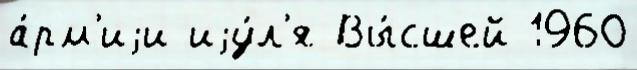
а́рм'иjи иjу́л'я Вы́сшей 1960